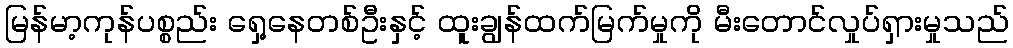
မြန်မာ့ကုန်ပစ္စည်း ရှေ့နေတစ်ဦးနှင့် ထူးချွန်ထက်မြက်မှုကို မီးတောင်လှုပ်ရှားမှုသည်